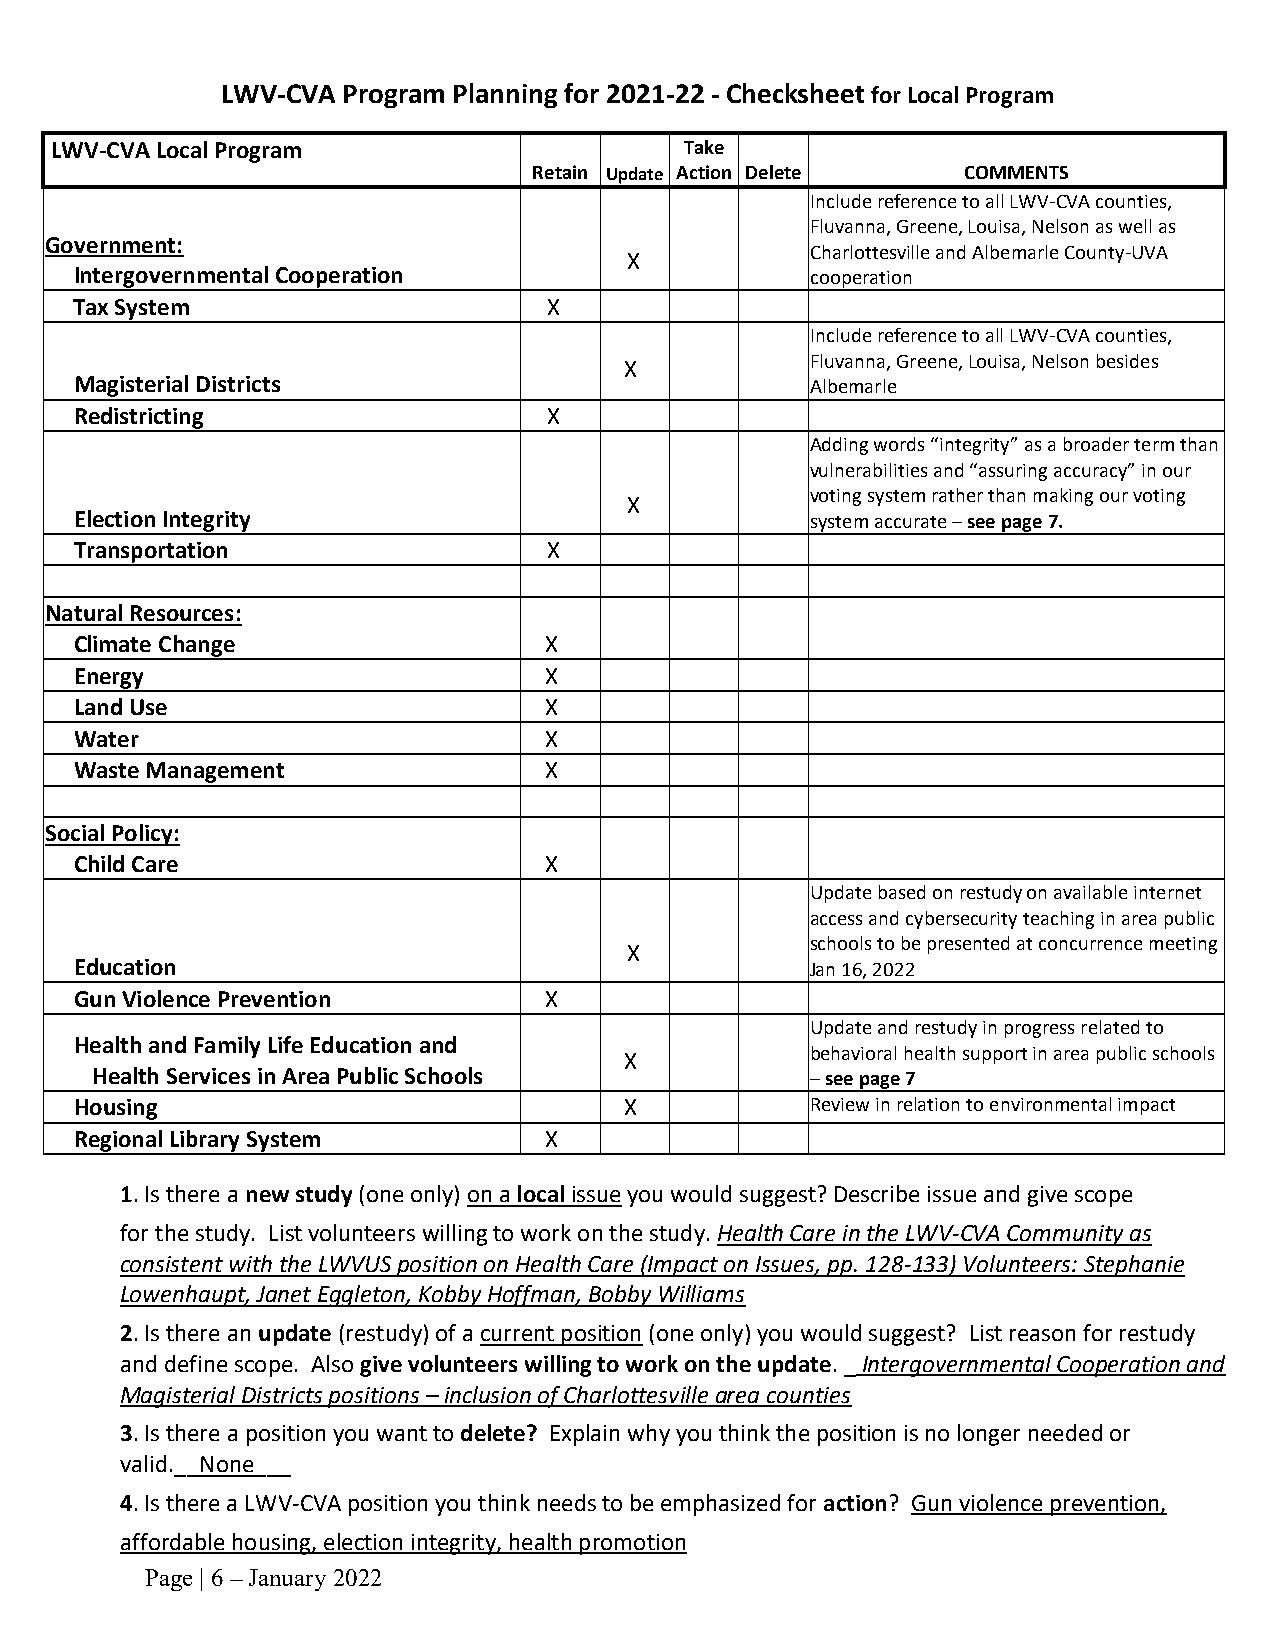
LWV-CVA Program Planning for 2021-22 - Checksheet for Local Program
 LWV-CVA Local Program                     Take
 Retain Update Action Delete  COMMENTS
 Include reference to all LWV-CVA counties,
 Fluvanna, Greene, Louisa, Nelson as well as
 Government:
 Charlottesville and Albemarle County-UVA
 X
 Intergovernmental Cooperation                    cooperation
 Tax System                     X
 Include reference to all LWV-CVA counties,
 X            Fluvanna, Greene, Louisa, Nelson besides
 Magisterial Districts                            Albemarle
 Redistricting                  X
 Adding words “integrity” as a broader term than
 vulnerabilities and “assuring accuracy” in our
 voting system rather than making our voting
 X
 Election Integrity                               system accurate – see page 7.
 Transportation                 X
 Natural Resources:
 Climate Change                 X
 Energy                         X
 Land Use                       X
 Water                          X
 Waste Management               X
 Social Policy:
 Child Care                     X
 Update based on restudy on available internet
 access and cybersecurity teaching in area public
 schools to be presented at concurrence meeting
 X
 Education                                        Jan 16, 2022
 Gun Violence Prevention        X
 Update and restudy in progress related to
 Health and Family Life Education and
 X            behavioral health support in area public schools
 Health Services in Area Public Schools          – see page 7
 Housing                             X            Review in relation to environmental impact
 Regional Library System        X
 1. Is there a new study (one only) on a local issue you would suggest? Describe issue and give scope
 for the study. List volunteers willing to work on the study. Health Care in the LWV-CVA Community as
 consistent with the LWVUS position on Health Care (Impact on Issues, pp. 128-133) Volunteers: Stephanie
 Lowenhaupt, Janet Eggleton, Kobby Hoffman, Bobby Williams
 2. Is there an update (restudy) of a current position (one only) you would suggest? List reason for restudy
 and define scope. Also give volunteers willing to work on the update. _ Intergovernmental Cooperation and
 Magisterial Districts positions – inclusion of Charlottesville area counties
 3. Is there a position you want to delete? Explain why you think the position is no longer needed or
 valid.__None___
 4. Is there a LWV-CVA position you think needs to be emphasized for action? Gun violence prevention,
 affordable housing, election integrity, health promotion
 Page | 6 – January 2022